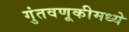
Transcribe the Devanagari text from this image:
गुंतवणूकीमध्ये